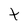
Character: t